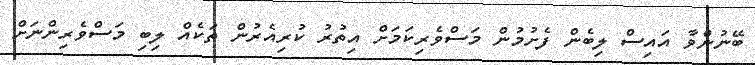
ބޭނުންވާ އައިސް ލިބެން ފެށުމުން މަސްވެރިކަމަށް އިތުރު ކުރިއެރުން ތަކެއް ލިބި މަސްވެރިންނަށް